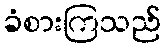
ခံစားကြသည်